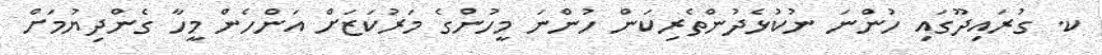
ކ. ގުރައިދޫގައި ހުންނަ ނުކުޅެދުންތެރިކަން ހުންނަ މީހުންގެ މަރުކަޒަށް އަންހެން މީހާ ގެންދިޔުމަށް